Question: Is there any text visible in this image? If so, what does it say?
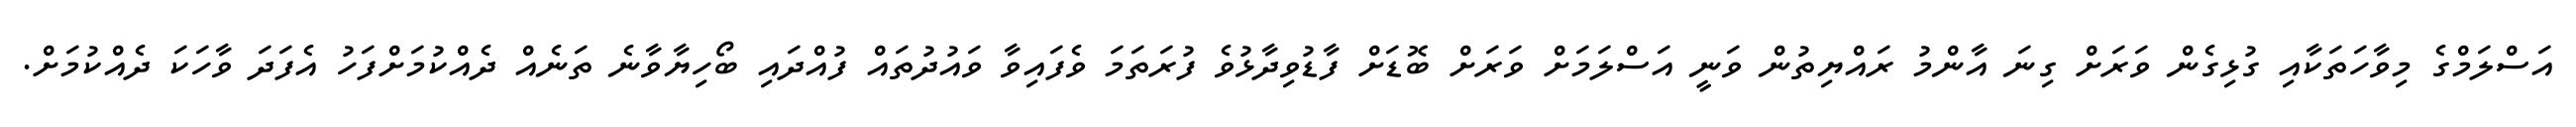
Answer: އަސްލަމްގެ މިވާހަތަކާއި ގުޅިގެން ވަރަށް ގިނަ އާންމު ރައްޔިތުން ވަނީ އަސްލަމަށް ވަރަށް ބޮޑަށް ފާޑުވިދާޅުވެ ފުރަތަމަ ވެފައިވާ ވައުދުތައް ފުއްދައި ބޯހިޔާވާނެ ތަނެއް ދެއްކުމަށްފަހު އެފަދަ ވާހަކަ ދެއްކުމަށް.